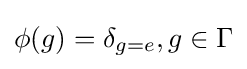
\phi (g)=\delta _{g=e},g\in \Gamma